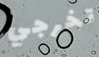
تخرجي